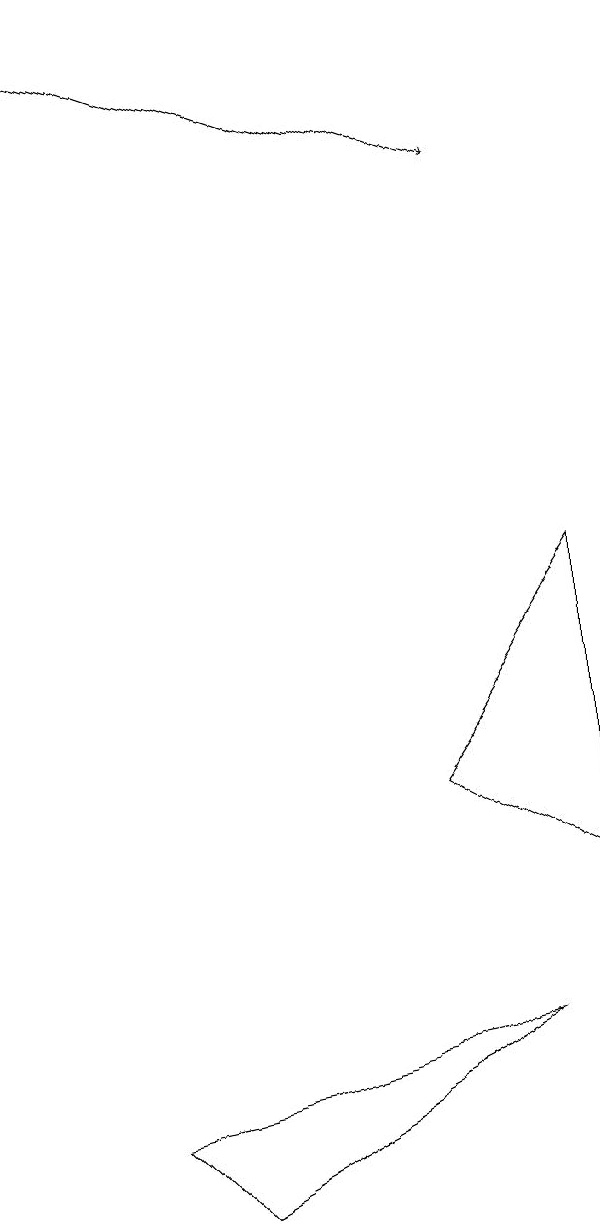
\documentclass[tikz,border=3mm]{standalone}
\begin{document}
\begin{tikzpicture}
\draw (5,6) -- (7,5) -- (7,9) -- cycle;
\draw[->] (0,16) -- (6,14);
\draw (6,3) -- (1,2) -- (2,1) -- cycle;
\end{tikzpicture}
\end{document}